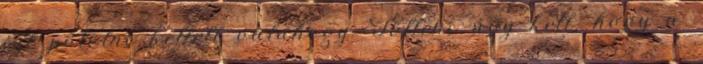
ízt pótolni kellett valahogy. Tölteni úgy kell, hogy a